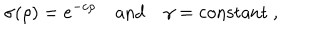
\sigma ( \rho ) = e ^ { - c \rho } \quad \mathrm { a n d } \quad \gamma = \mathrm { c o n s t a n t } ~ ,